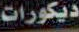
ديكورات